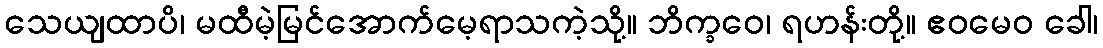
သေယျထာပိ၊ မထီမဲ့မြင်အောက်မေ့ရာသကဲ့သို့။ ဘိက္ခဝေ၊ ရဟန်းတို့။ ဧဝမေဝ ခေါ၊